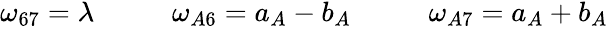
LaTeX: \begin{array}{ccc}{{\omega_{67}=\lambda~~~}}&{{~~~~\omega_{A6}=a_{A}-b_{A}~~~}}&{{~~~~\omega_{A7}=a_{A}+b_{A}}}\end{array}